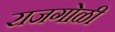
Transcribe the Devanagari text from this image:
राजगोळी